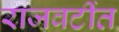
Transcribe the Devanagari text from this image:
राजवटींत